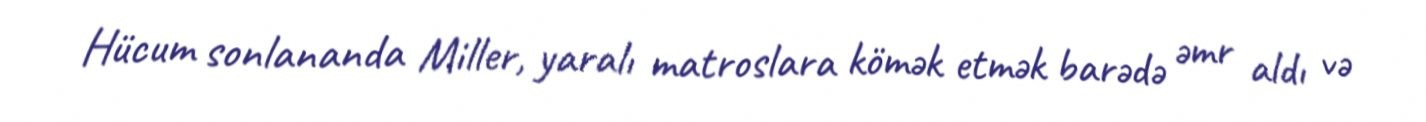
Hücum sonlananda Miller, yaralı matroslara kömək etmək barədə əmr aldı və